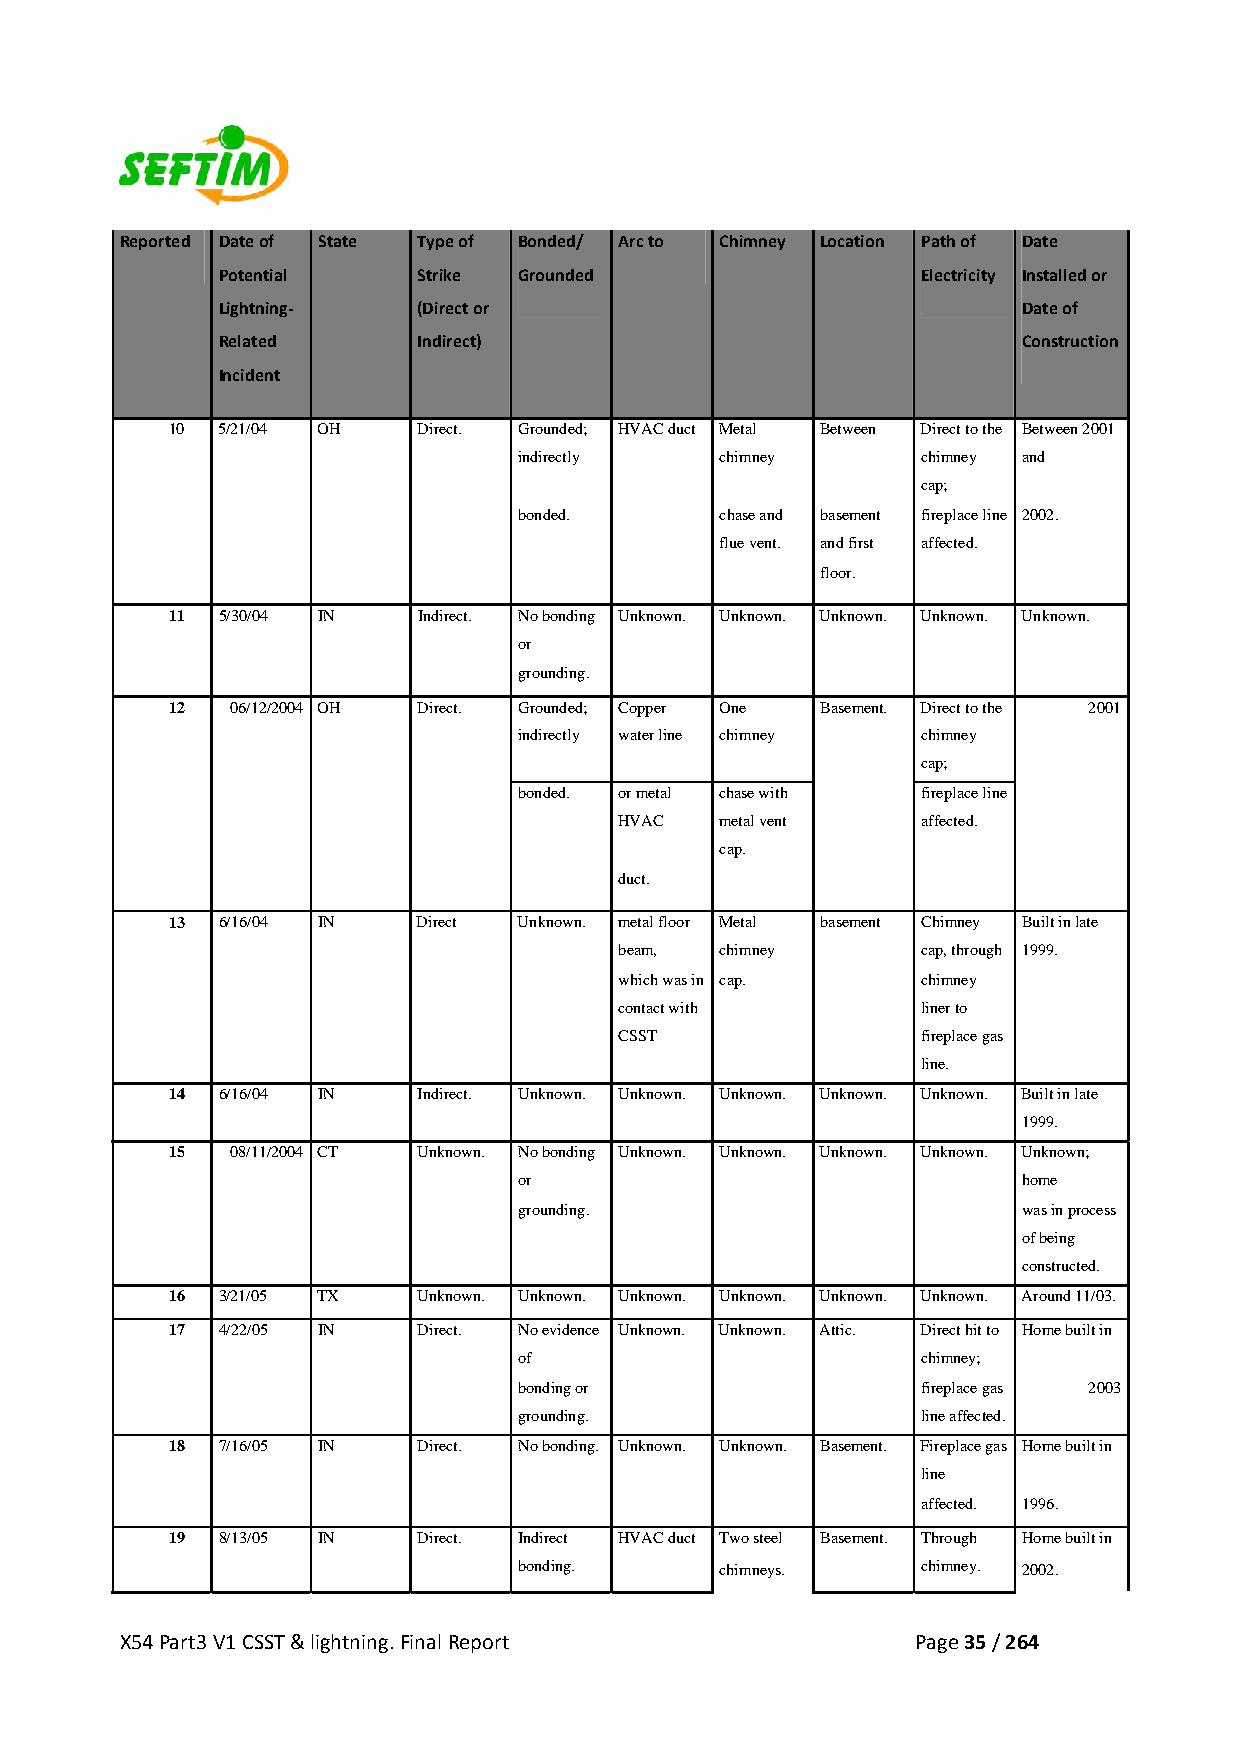
Reported Date of State Type of Bonded/ Arc to Chimney Location Path of Date
 Potential     Strike Grounded                  Electricity Installed or
 Lightning‐    (Direct or                              Date of
 Related       Indirect)                               Construction
 Incident
 10 5/21/04 OH    Direct. Grounded; HVAC duct Metal Between Direct to the Between 2001
 indirectly    chimney      chimney and
 cap;
 bonded.       chase and basement fireplace line 2002.
 flue vent. and first affected.
 floor.
 11 5/30/04 IN    Indirect. No bonding Unknown. Unknown. Unknown. Unknown. Unknown.
 or
 grounding.
 12  06/12/2004 OH Direct. Grounded; Copper One Basement. Direct to the 2001
 indirectly water line chimney chimney
 cap;
 bonded. or metal chase with fireplace line
 HVAC   metal vent   affected.
 cap.
 duct.
 13 6/16/04 IN    Direct Unknown. metal floor Metal basement Chimney Built in late
 beam,  chimney      cap, through 1999.
 which was in cap.   chimney
 contact with        liner to
 CSST                fireplace gas
 line.
 14 6/16/04 IN    Indirect. Unknown. Unknown. Unknown. Unknown. Unknown. Built in late
 1999.
 15  08/11/2004 CT Unknown. No bonding Unknown. Unknown. Unknown. Unknown. Unknown;
 or                                home
 grounding.                        was in process
 of being
 constructed.
 16 3/21/05 TX    Unknown. Unknown. Unknown. Unknown. Unknown. Unknown. Around 11/03.
 17 4/22/05 IN    Direct. No evidence Unknown. Unknown. Attic. Direct hit to Home built in
 of                         chimney;
 bonding or                 fireplace gas 2003
 grounding.                 line affected.
 18 7/16/05 IN    Direct. No bonding. Unknown. Unknown. Basement. Fireplace gas Home built in
 line
 affected. 1996.
 19 8/13/05 IN    Direct. Indirect HVAC duct Two steel Basement. Through Home built in
 bonding.      chimneys.    chimney. 2002.
 X54 Part3 V1 CSST & lightning. Final Report          Page 35 / 264